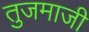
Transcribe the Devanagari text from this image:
तुजमाजी